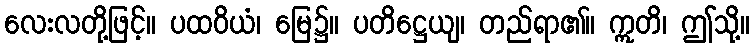
လေးလတို့ဖြင့်။ ပထဝိယံ၊ မြေ၌။ ပတိဋ္ဌေယျ၊ တည်ရာ၏။ ဣတိ၊ ဤသို့။